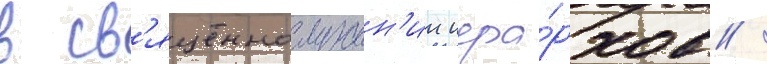
в св'ященнослужен'ии иера́рхов /